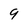
Character: 9